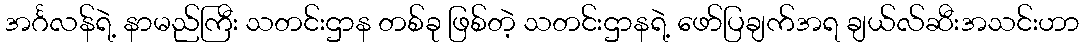
အင်္ဂလန်ရဲ့ နာမည်ကြီး သတင်းဌာန တစ်ခု ဖြစ်တဲ့ သတင်းဌာနရဲ့ ဖော်ပြချက်အရ ချယ်လ်ဆီးအသင်းဟာ